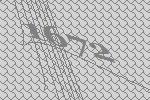
1672